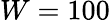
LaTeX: W=100